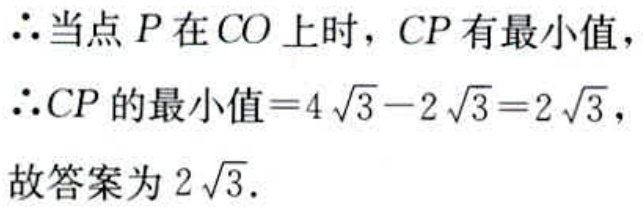
$\therefore$当点$P$在$CO$上时，$CP$有最小值，
$\therefore CP$的最小值$=4\sqrt{3}-2\sqrt{3}=2\sqrt{3}$，
故答案为$2\sqrt{3}$.